Civil Veterinary Department Bihar reports 1936-40 - 1936-1940
Year: 1936
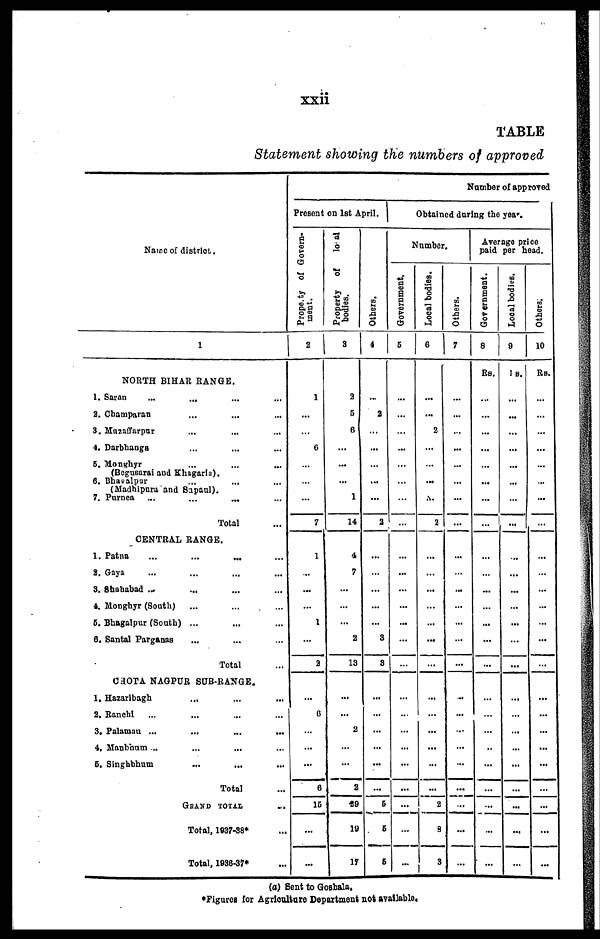
xxii
TABLE
Statement showing the numbers of approved
Name of district.
1
NORTH BIHAR RANGE.
1. Saran ... ... ... ...
2. Champaran ... ... ...
3. Muzaffarpur ... ... ...
4. Darbhanga ... ... ...
5. Monghyr ... ... ...
(Begusarai and Khagaria).
6. Bhagalpur ... ... ...
(Madhiparu and Sapaul).
7. Purnea ...
...
...
...
Total ...
CENTRAL RANGE.
1. Patna ... ... ... ...
2. Gaya ... ... ... ...
3. Shahabad ... ... ... ...
4. Monghyr (South) ... ... . ...
5. Bhagalpur (South) ... ... ...
6. Santal Parganas ... ... ...
Total ...
CHOTA NAGPUR SUB-RANGE.
1. Hazaribagh ... ... ...
2. Ranchi ... ... ... ...
3. Palamau ...
...
...
...
4. Manbhum ... ... ... ...
5. Singhbhum ... ... ...
Total ...
GRAND TOTAL...
Total, 1937-38* ...
Total, 1936-37* ...
Present on 1st April.
Property
of Govern-
ment.
2
1
...
...
6
...
...
...
7
1
...
...
...
1
...
2
...
6
...
...
...
6
15
...
...
Property of
local
bodies.
3
2
5
6
...
...
...
1
14
4
7
...
...
...
2
13
...
...
2
...
...
2
49
19
17
Others.
4
...
2
...
...
...
...
...
2
...
...
...
...
...
3
8
...
...
...
...
...
...
6
5
5
Number of approved
Obtained during the year.
Number.
Government.
5
...
...
...
...
...
...
...
...
...
...
...
...
...
...
...
...
...
...
...
...
...
...
...
...
Local bodies.
6
...
...
2
...
...
...
...
2
...
...
...
...
...
...
...
...
...
...
...
...
...
2
8
3
Others.
7
...
...
...
...
...
...
...
...
...
...
...
...
...
...
...
...
...
...
...
...
...
...
...
...
Average price
paid per head.
Government.
8
Rs.
...
...
...
...
...
|
...
...
...
...
...
...
...
...
...
...
...
...
...
...
...
...
...
...
...
Local bodies.
9
Rs.
...
...
...
...
...
...
...
...
...
...
...
...
...
...
...
...
...
...
...
...
...
...
...
...
Others.
10
Rs.
...
...
...
...
...
...
...
...
...
...
...
...
...
...
...
...
...
...
...
...
...
...
...
...
(a) Sent to Goshala.
*Figures for Agriculture Department not available.